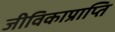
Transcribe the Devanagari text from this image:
जीविकाप्राप्ति